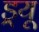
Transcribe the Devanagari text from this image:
ड्र्यू